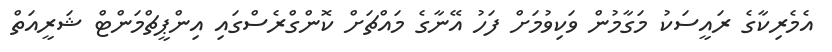
އެމެރިކާގެ ރައީސަކު މަގާމުން ވަކިވުމަށް ފަހު އޭނާގެ މައްޗަށް ކޮންގްރެސްގައި އިންޕީޗްމަންޓް ޝަރީއަތް